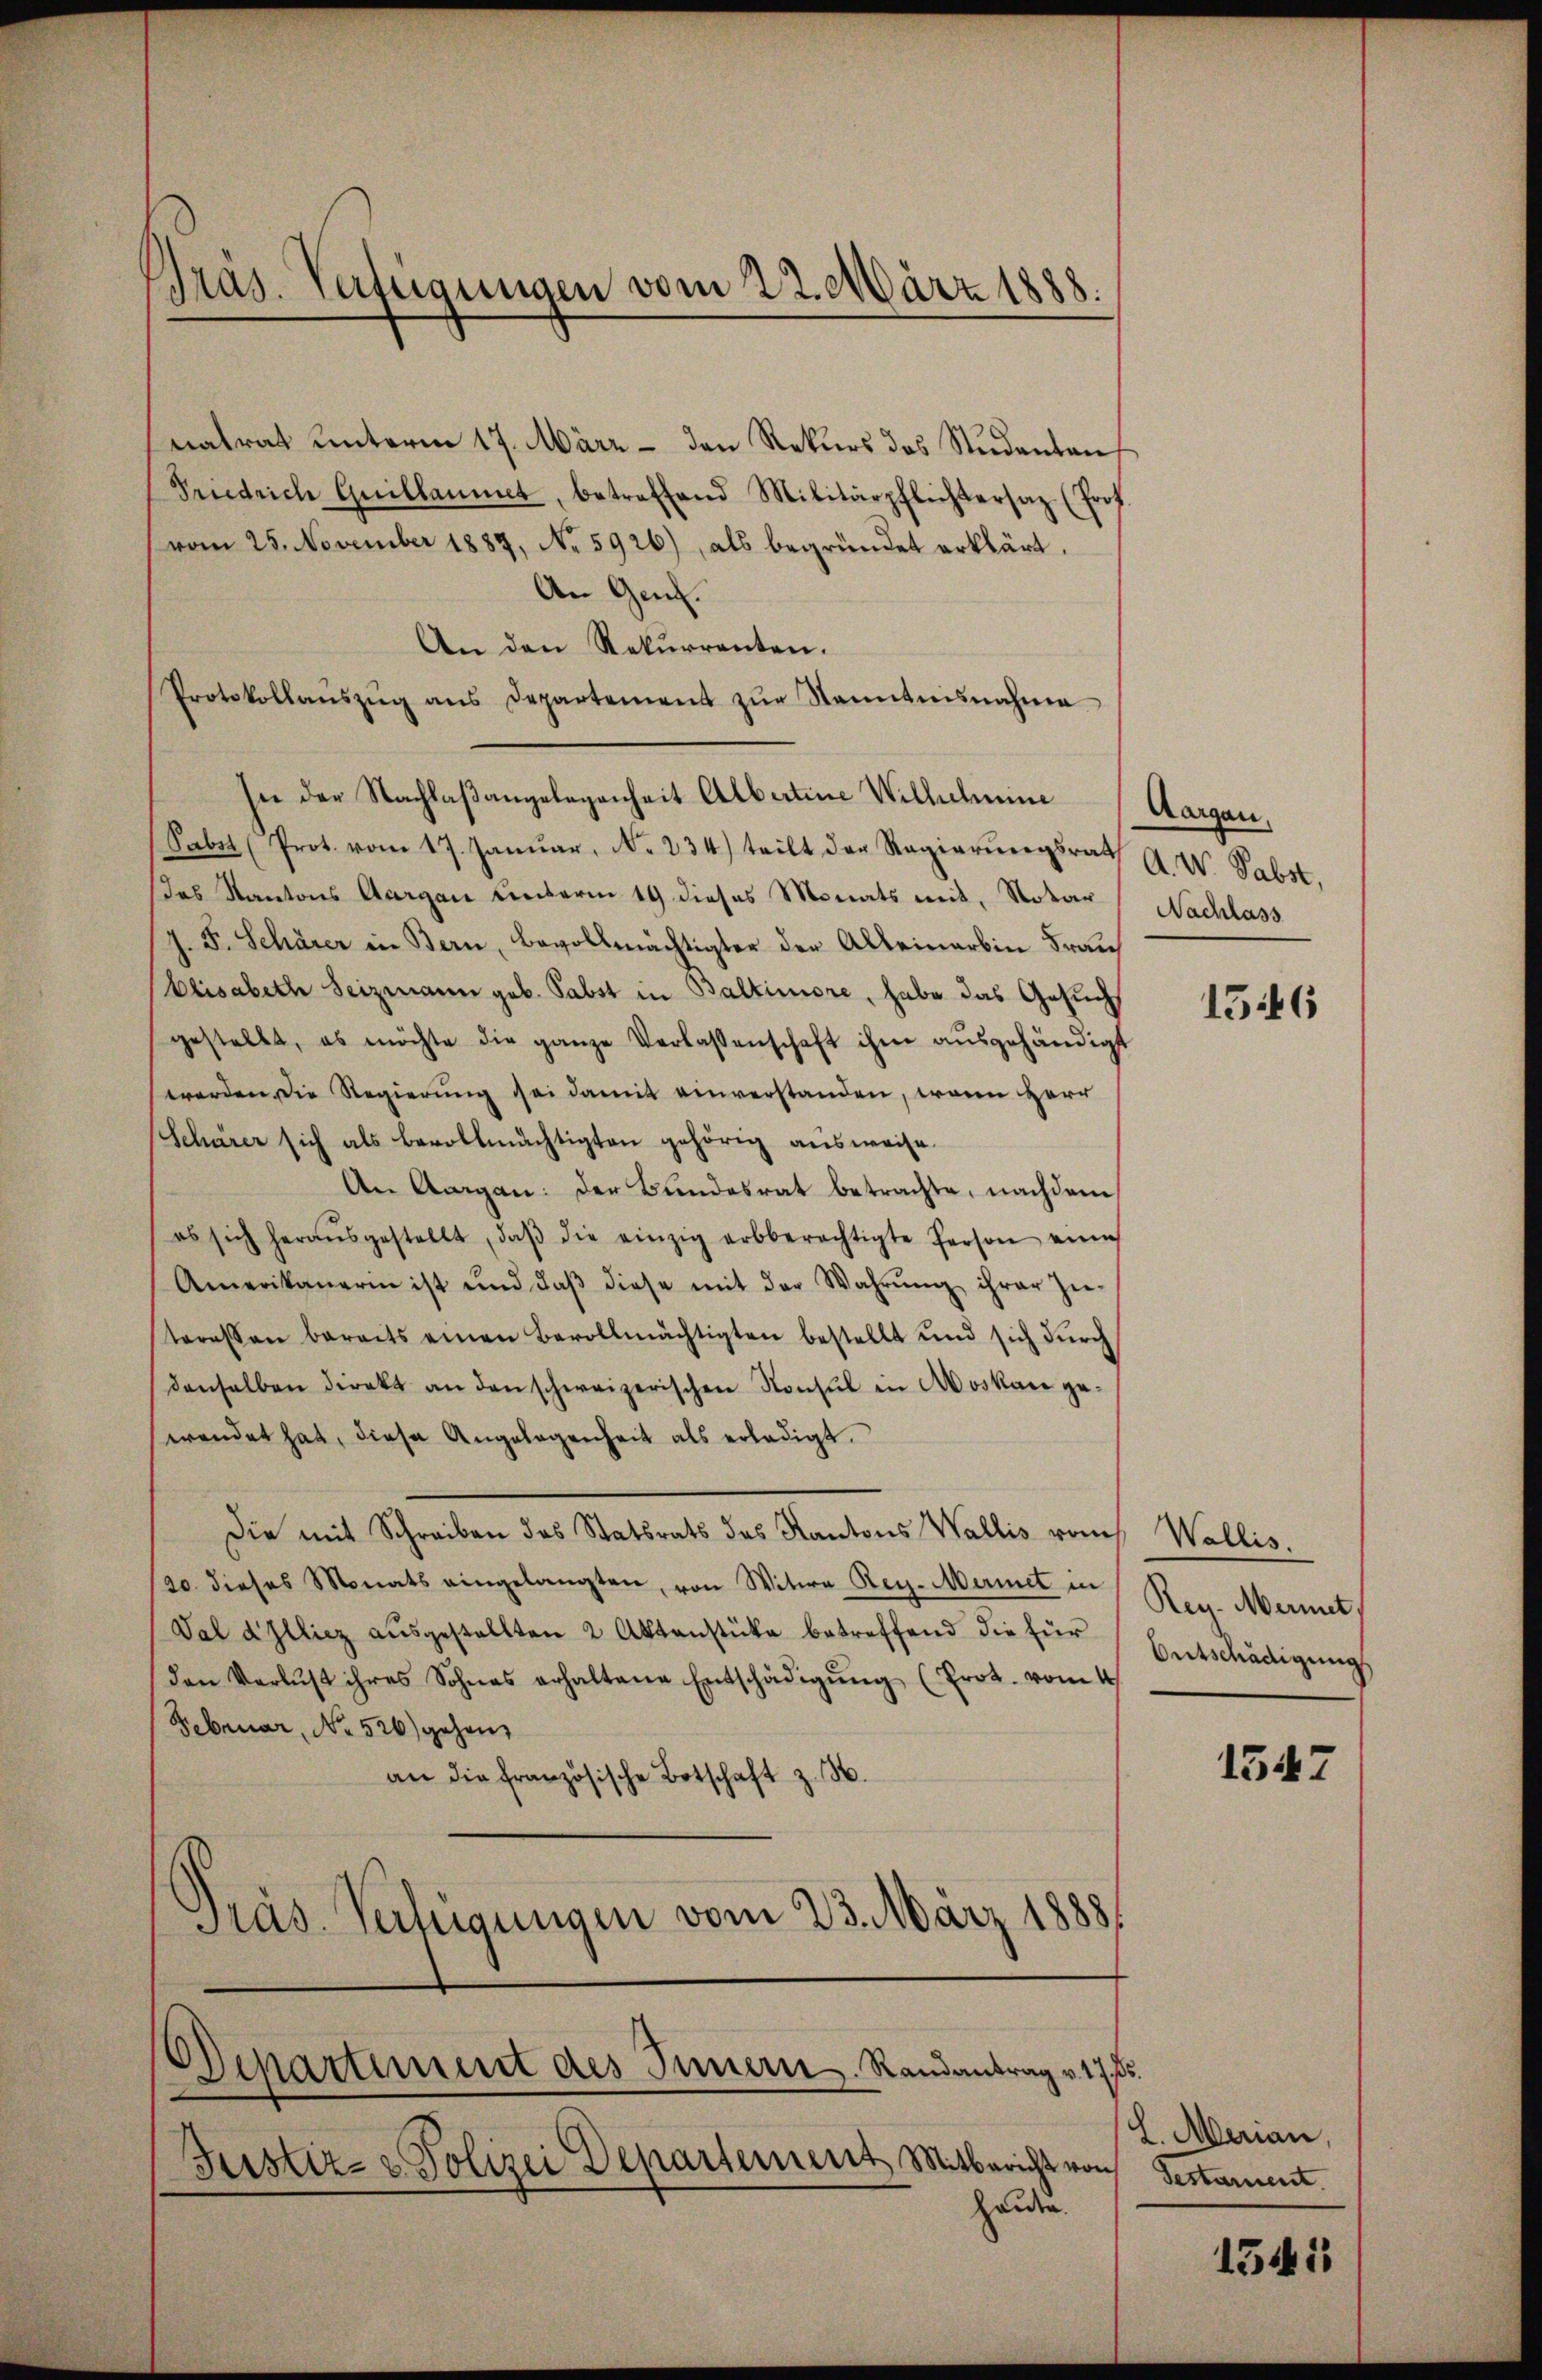
Präs. Verfügungen vom 22. März 1888.

matrat unterm 17. März - den Rekurs des Studenteuf
Friedrich Guillaumet, betreffend Militärpflichtersaz (Prof.
vom 25. November 1887, No 5926), als begründet erklärt.
An Genf.
An den Rekurrenten.
Protokollanszŭg ans Departement zŭr Senntnisnahme
Sabet (Prot. vom 17. Januar, No. 234) teilt der Regierungsrath A. W. Pabst,
das Kantons Aargau unterm 19 dieses Monats mit, Notar (Nachlass
J. F. Schärer in Bern, Bevollmächtigter der Alleinerbin Fran
Elisabeth Seizmann geb. Pabst in Baltimore, habe das Gesuch
gestellt, es möchte die ganze Verlassenschaft ihm ausgehändigt
worden die Regierung sei damit einverstanden, wenn Herr
Schärer sich als bevollmächtigten gehörig ausweise.
An Aargau: der Bundesrat betrachte, nachdem
es sich heraŭsgestellt, daβ die einzig erbberechtigte Person eine
Amerikanerin ist und daβ diese mit der Wahrŭng ihrer Zu-
teressen bereits einen Bevollmächtigten bestellt und sich dŭrch
denselben direkt an den schweizerischen Konsul in Moskau gewendet hat, diese Angelegenheit als erledigt.
Die mit Schreiben des Statsrats des Kantons Wallis vom Wallis.
20. dieses Monats eingelangten, von Witwe Reg. Meriet in
Val dilliez aŭsgestellten 2 Aktenstücke betreffend die für
den Verlust ihres Sohnes erhaltene Entschädigŭng (Prot. vom 4
Februar, No 526) gehen
an die französische Botschaft z. B.
Präs. Vertigungen vom 23. März 1888

In der Nachlaßangelegenheit Albertine Willscheine

Departiment des Innern Randantrag v. 17.
Justiz- & Polizei Departement, Mitbericht von Gestament.

handen.

Aargau,

Reg. Meinet,
Ontschädigung

L. Merian,

1546

1547

1345